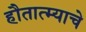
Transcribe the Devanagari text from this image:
हौतात्म्याचे